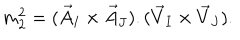
m _ { 2 } ^ { 2 } = ( \vec { A } _ { I } \times \vec { A } _ { J } ) . ( \vec { V } _ { I } \times \vec { V } _ { J } ) .